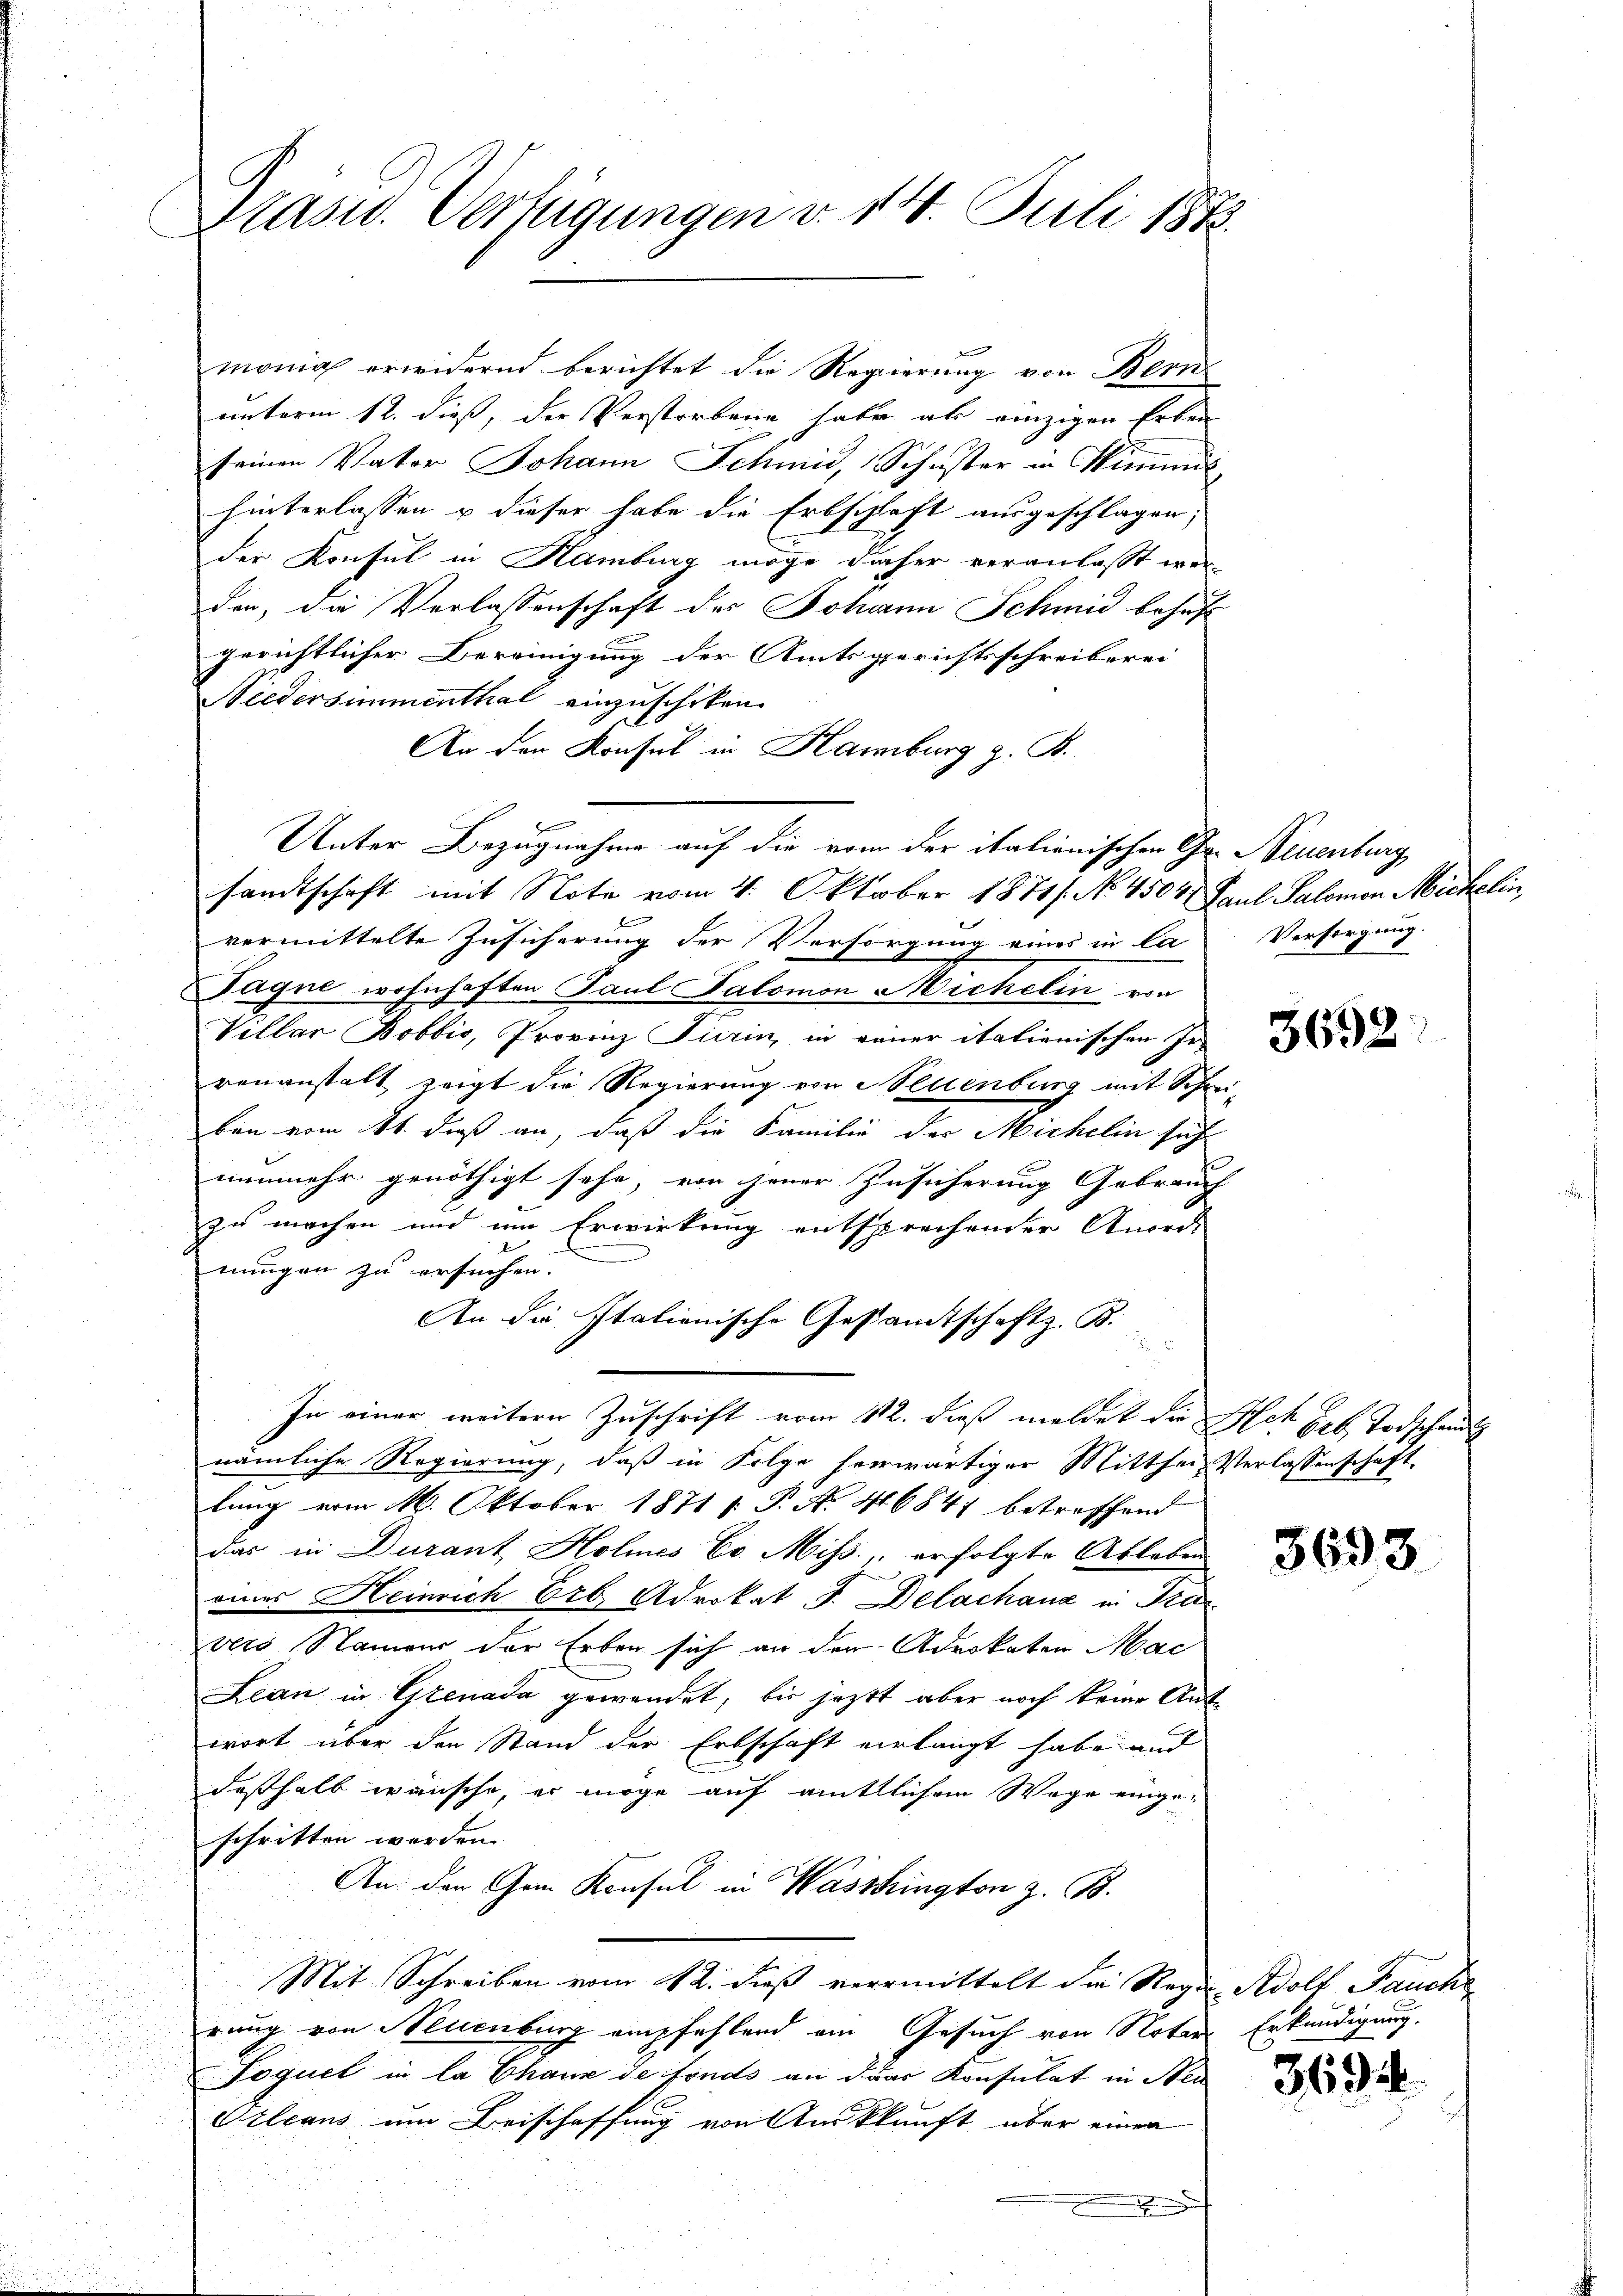
Präsid. Verfügungen v. 14. Juli 1873.

monia erwidernd berichtet die Regierung von Bern
unterm 12. dieß, der Verstorbene habe als einzigen Erben
seinen Vater Johann Schmid, Schuster in Wimmit
hinterlassen u dieser habe die Erbschaft ausgeschlagen,
der Konsul in Hamburg möge daher veranlasst wer-
den, die Verlassenschaft des Johann Schmid behuf
gerichtlicher Bereinigung der Amtsgerichtsschreiberei
Niedersimmenthal einzuschiken
An der Konsul in Hamburg z. B.
e
Unter Bezugnahme auf die vom der italionischen Gr. Neuenburg,
sandtschaft mit Note vom 4. Oktober 1871/ No. 4504. Paul Salomon Michelin
vermittelte Zusicherung der Versorgung eines in la
Tagne wohnhaften Paul Salomon Michelin von
Villar Bobbis, Provinz Turin, in reiner italienischen In-
renanstalt zeigt die Regierung von Neuenburg mit Schreiben vom 11. daß an, daß die Familie des Michelin sich
nunmehr genöthigt sehe, von jener Zusicherung Gebrauch
zu machen und im Erwirkung entsprechender Anordi-
nungen zu ersuchen.
An die Italianische Gestandtschaft z. B.

u
In einer weiteren Zuschrift vom 12. dieß meldet die Ach geb. Todschau
nämliche Regierung, daß in Folge herwärtiger Mitthei- Verlassenschaft
lung vom 16. Oktober 1871 1. P. Nr. 46847 betreffend
das in Durant Holmnes Er. Miss, erfolgte Ableben
eines Heinrich Erb Advokat J. Delachanz in Kavers Stammer der Erben sich an den Advokaten Mac
Lean in Grenada gewendet, bis jeztt aber noch keine Antwort über den Stand der Erbschaft verlangt habe und
deßhalb wünsche, er möge auf amtlichem Wege eingeschritten werden.
An den Gom Konsul in Wasshington z. B.
Mit Schreiben vom 12. dieß vermittelt die Regen Adolf Paucke
rung von Neuenburg empfehlend am Gesuch von Notar Erkundigung,
Poquet in la Chaux de fonds an das Konsulat in Neu
Silians um Beischaffung von Amkkunft über einen
.

Versorgung.

3692

3693

369